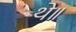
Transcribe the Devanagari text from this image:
थे॥